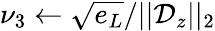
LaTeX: \nu_{3}\leftarrow\sqrt{e_{L}}/||\mathcal{D}_{z}||_{2}